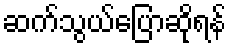
ဆက်သွယ်ပြောဆိုရန်